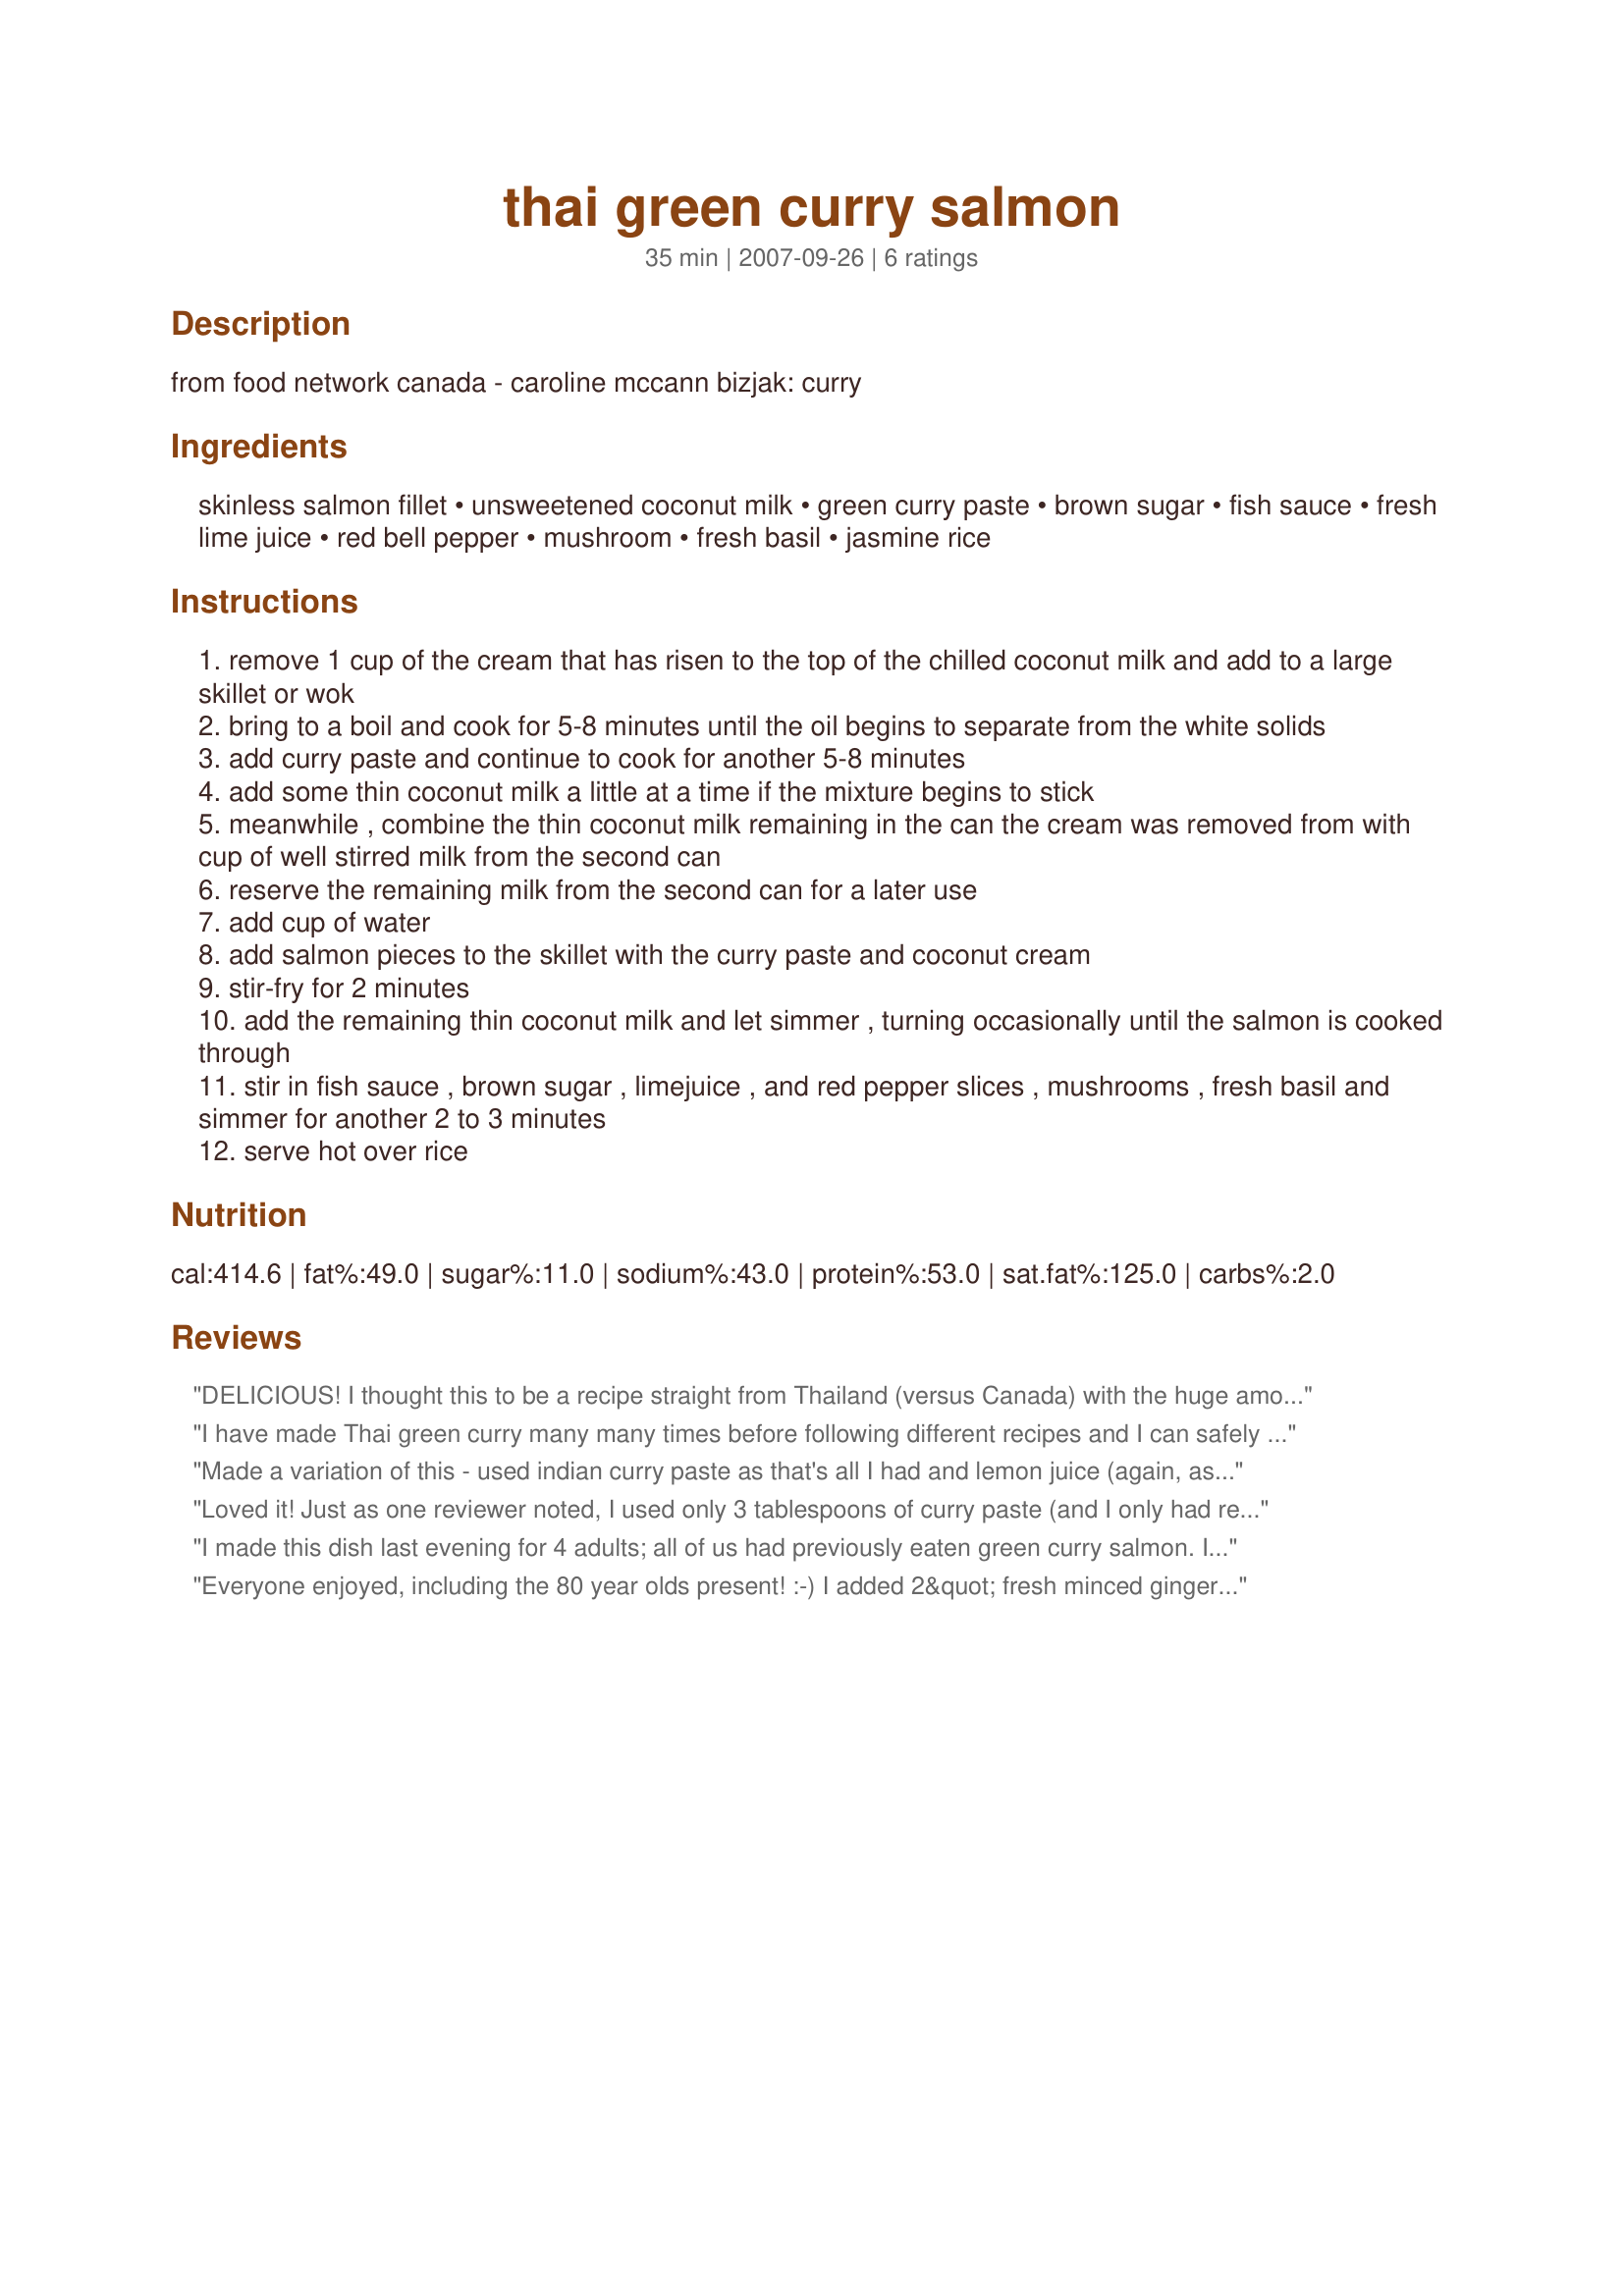
thai green curry salmon
Preparation time: 35 minutes

from food network canada - caroline mccann bizjak: curry

Ingredients:
skinless salmon fillet, unsweetened coconut milk, green curry paste, brown sugar, fish sauce, fresh lime juice, red bell pepper, mushroom, fresh basil, jasmine rice

Steps:
remove 1 cup of the cream that has risen to the top of the chilled coconut milk and add to a large skillet or wok
bring to a boil and cook for 5-8 minutes until the oil begins to separate from the white solids
add curry paste and continue to cook for another 5-8 minutes
add some thin coconut milk a little at a time if the mixture begins to stick
meanwhile , combine the thin coconut milk remaining in the can the cream was removed from with cup of well stirred milk from the second can
reserve the remaining milk from the second can for a later use
add cup of water
add salmon pieces to the skillet with the curry paste and coconut cream
stir-fry for 2 minutes
add the remaining thin coconut milk and let simmer , turning occasionally until the salmon is cooked through
stir in fish sauce , brown sugar , limejuice , and red pepper slices , mushrooms , fresh basil and simmer for another 2 to 3 minutes
serve hot over rice

Reviews:
DELICIOUS! I thought this to be a recipe straight from Thailand (versus Canada) with the huge amount of curry paste. Beware of that...I only used three teaspoons which was plenty to give it that "feverish" thrill and strong flavor...yum. Because of the fat in the salmon I also used only one can of coconut milk total. In step two I used the remaining milk from the first can plus one cup chicken broth instead of the water and milk from the second can. I can't tell you *how very good* this was! I can't wait to make it again - may try this recipe using pre-cooked chicken next time since my husband doesn't like salmon.
I have made Thai green curry many many times before following different recipes and I can safely say that this one does not yield a good result! It calls for way too much fish sauce and possibly too much curry paste too. I would advice you to try another recipe!
Made a variation of this - used indian curry paste as that's all I had and lemon juice (again, as that's all I had).
Hubby absolutely hoovered it up.

I'll be making this again!
Loved it! Just as one reviewer noted, I used only 3 tablespoons of curry paste (and I only had red curry paste on hand) so it wouldn't be too spicey for my kids. I also kept out the second can of coconut milk, and used chicken stock - mainly to keep out extra oil. The salmon can produce plenty. I also omitted the fish sauce, as the curry paste contained it already.

I thought my kids would like it, but they practically engulfed it! (9 and 12 year old girls). My 9 year old literally said, "This is the best salmon ever!" I'm having trouble disagreeing. I also served with lemon wedges, which my kids enjoy on just about everything. Definitely bookmarking this one!
I made this dish last evening for 4 adults; all of us had previously eaten green curry salmon. I followed the recipe exactly -- except I added about 3/4 tsp. red paper flakes to spice it up just a bit. I made 6 cups of cooked jasmine rice. We all loved the dish and wouldn't change anything about the recipe. The four of us ate all but one small "leftover" serving!
Everyone enjoyed, including the 80 year olds present! :-) I added 2&quot; fresh minced ginger and quadrupled the brown sugar. After stirring in the fish sauce, I worried the curry would be too salty (I used lightly smoked salmon -- it was salty enough), but the boiled potatoes and stir-fried eggplant I added took care of that. YUM! Thanks!
